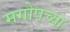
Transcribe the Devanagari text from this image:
मगोपच्या